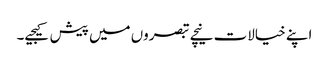
اپنے خیالات نیچے تبصروں میں پیش کیجیے۔